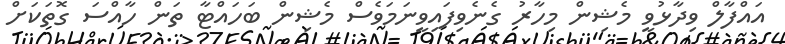
އައްފާލް ވިދާޅުވީ މެޝިން މިހާރު ގެނެވިފައިވީނަމަވެސް މެޝިން ބަހައްޓާ ތަން ހާއްސަ ގޮތަކަށް